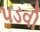
પડવી